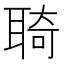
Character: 𦖊